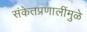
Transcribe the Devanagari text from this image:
संकेतप्रणालींमुळे